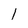
Character: l